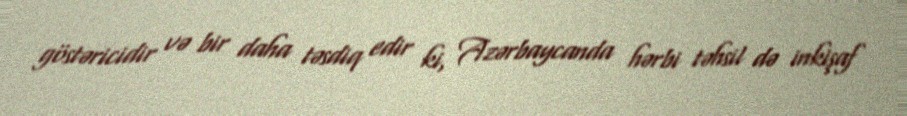
göstəricidir və bir daha təsdiq edir ki, Azərbaycanda hərbi təhsil də inkişaf